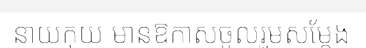
នាយកុយ មានឱកាសចូលរួមសម្តែង